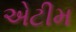
એટીમ